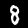
Digit: 8